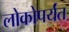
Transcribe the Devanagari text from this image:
लोकोपर्यंत